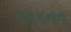
લરકાનાના